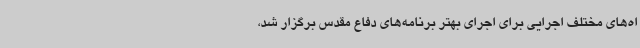
اه‌های مختلف اجرایی برای اجرای بهتر برنامه‌های دفاع مقدس برگزار شد،